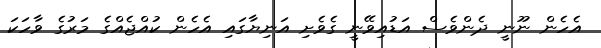
އެހެން ނޫނީ ދެންވެސް އަޑުއިވޭނީ ގެވެށި އަނިޔާގައި އެހެން ކުއްޖެއްގެ މަރުގެ ވާހަކަ